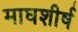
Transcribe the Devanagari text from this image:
माघशीर्ष